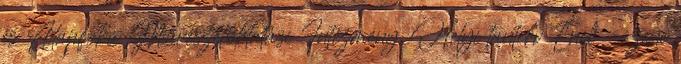
és Alapfokú Művészetoktatási Intézmény. Helyi tanterv Ének - zene